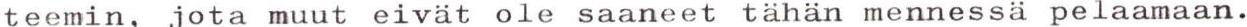
teemin, jota muut eivät ole saaneet tähän mennessä pelaamaan.